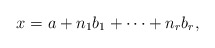
\begin{align*}x = a + n_1 b_1 + \dots + n_r b_r,\end{align*}